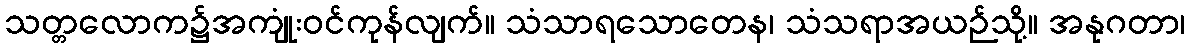
သတ္တလောက၌အကျုံးဝင်ကုန်လျက်။ သံသာရသောတေန၊ သံသရာအယဉ်သို့။ အနုဂတာ၊